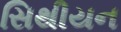
સિથીયન